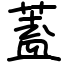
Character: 蓋